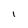
Character: 1